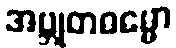
အဗ္ဘုတဓမ္မော